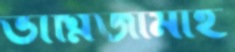
ভাগ্নিজামাই